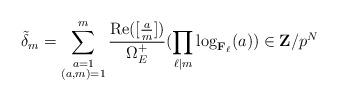
LaTeX: \begin{align*} \tilde{\delta}_{m}=\sum_{\stackrel{\scriptstyle a=1}{(a,m)=1}}^{m} \frac{{\rm Re}([\frac{a}{m}])}{\Omega_{E}^{+}} (\prod_{\ell \mid m} \log_{{\bf F}_{\ell}}(a)) \in {\bf Z}/p^{N}\end{align*}